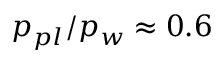
p _ { p l } / p _ { w } \approx 0 . 6